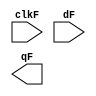
// my_dff ( input clk, input d, output q );

 // Instantiate three of them, then chain them together to make a shift register of length 3. 
 // The clk port needs to be connected to all instances.

 module my_dff(
 	input  clkF,
 	input  dF,
 	output qF
 	);
 endmodule

 module top_module(
 	input  clk,
 	input  d,
 	output q
 	);

 	wire q_df1, q_df2;

 	my_dff df1( clk, d, q_df1);
 	my_dff df2( clk, q_df1, q_df2);
 	my_dff df3( clk, q_df2, q);
 endmodule